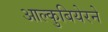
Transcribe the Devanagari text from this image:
आल्कुबियेरने